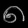
Digit: ၈